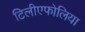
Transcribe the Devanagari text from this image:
टिलीएफोलिया